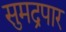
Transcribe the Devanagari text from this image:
सुमद्रपार